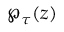
\wp _ { \tau } ( z )